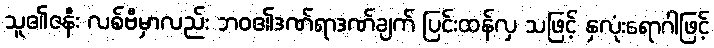
သူ၏ဇနီး လစ်ဗီမှာလည်း ဘဝ၏ဒဏ်ရာဒဏ်ချက် ပြင်းထန်လှ သဖြင့် နှလုံးရောဂါဖြင့်